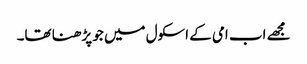
مجھے اب امی کے اسکول میں جو پڑھنا تھا۔